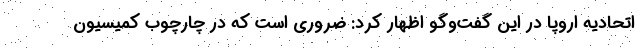
اتحادیه اروپا در این گفت‌وگو اظهار کرد: ضروری است که در چارچوب کمیسیون